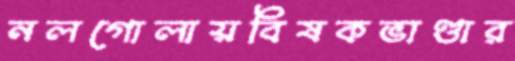
নলগোলায়বিষকভাণ্ডার